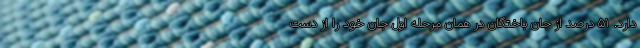
دارد. ۵۱ درصد از جان باختگان در همان مرحله اول جان خود را از دست